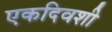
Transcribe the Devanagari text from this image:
एकदिवशी